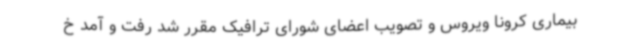
بیماری کرونا ویروس و تصویب اعضای شورای ترافیک مقرر شد رفت و آمد خ